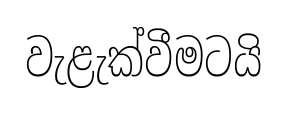
වැළැක්වීමටයි